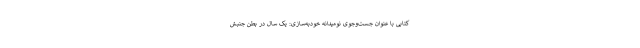
کتابی با عنوان جست‌وجوی نومیدانهٔ خودبِه‌سازی: یک سال در بطن جنبش